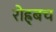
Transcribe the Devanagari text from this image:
रोह्र्बच